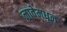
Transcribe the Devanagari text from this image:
नावेमधून